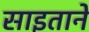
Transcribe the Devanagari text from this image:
साइताने